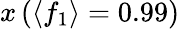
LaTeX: x\left(\langle f_{1}\rangle=0.99\right)